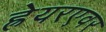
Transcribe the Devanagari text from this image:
ह्रेयरएवर